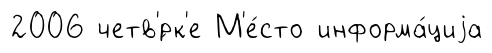
2006 четв'́рк'е М'е́сто информа́циjа